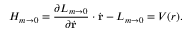
{ \cal H } _ { m \to 0 } = { \frac { \partial { \cal L } _ { m \to 0 } } { \partial \dot { \mathrm { \bf r } } } } \cdot \dot { \mathrm { \bf r } } - { \cal L } _ { m \to 0 } = V ( r ) .